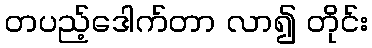
တပည့်ဒေါက်တာ လာ၍ တိုင်း